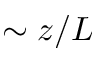
\sim z / L